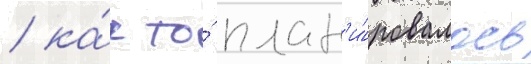
/ ка́к то́ план'и́ровалось